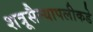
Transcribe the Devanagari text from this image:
शत्रूसैन्यापलीकडे